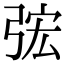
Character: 𭚴